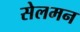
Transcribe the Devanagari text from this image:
सेलमन